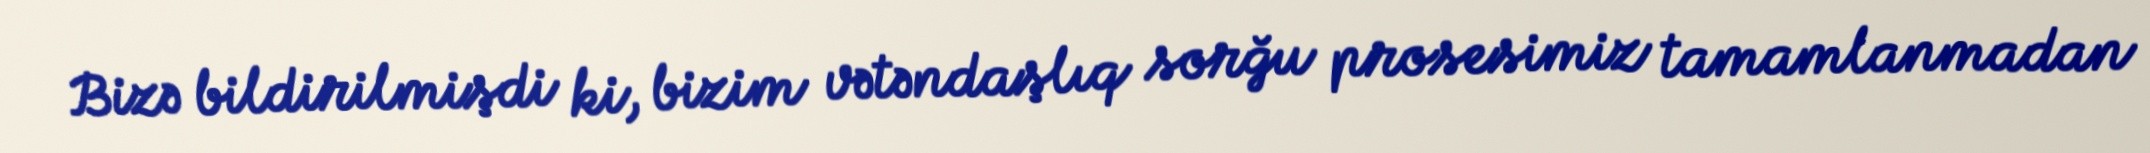
Bizə bildirilmişdi ki, bizim vətəndaşlıq sorğu prosesimiz tamamlanmadan